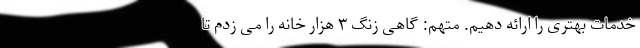
خدمات بهتری را ارائه دهیم. متهم: گاهی زنگ ۳ هزار خانه را می زدم تا